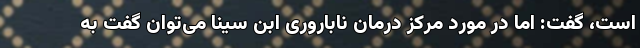
است، گفت: اما در مورد مرکز درمان ناباروری ابن سینا می‌توان گفت به